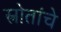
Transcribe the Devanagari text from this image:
स्त्रोतांचे